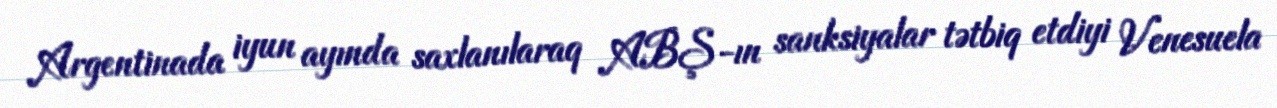
Argentinada iyun ayında saxlanılaraq ABŞ-ın sanksiyalar tətbiq etdiyi Venesuela